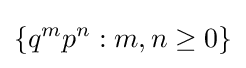
\{q^{m}p^{n}:m,n\geq 0\}